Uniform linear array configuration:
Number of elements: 12
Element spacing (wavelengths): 1
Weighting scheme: exponential
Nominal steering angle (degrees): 0
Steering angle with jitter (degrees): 0.4471
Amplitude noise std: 0.05
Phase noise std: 0.05

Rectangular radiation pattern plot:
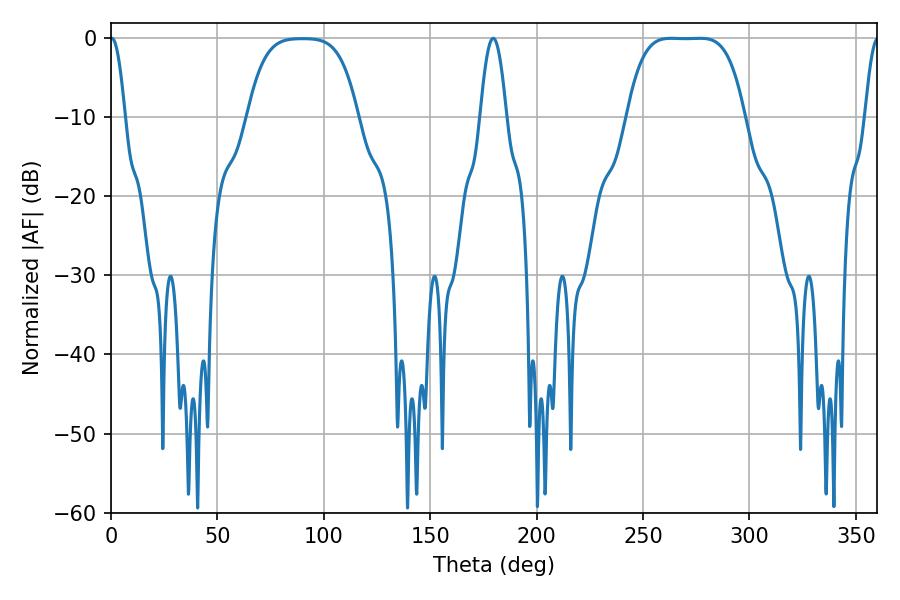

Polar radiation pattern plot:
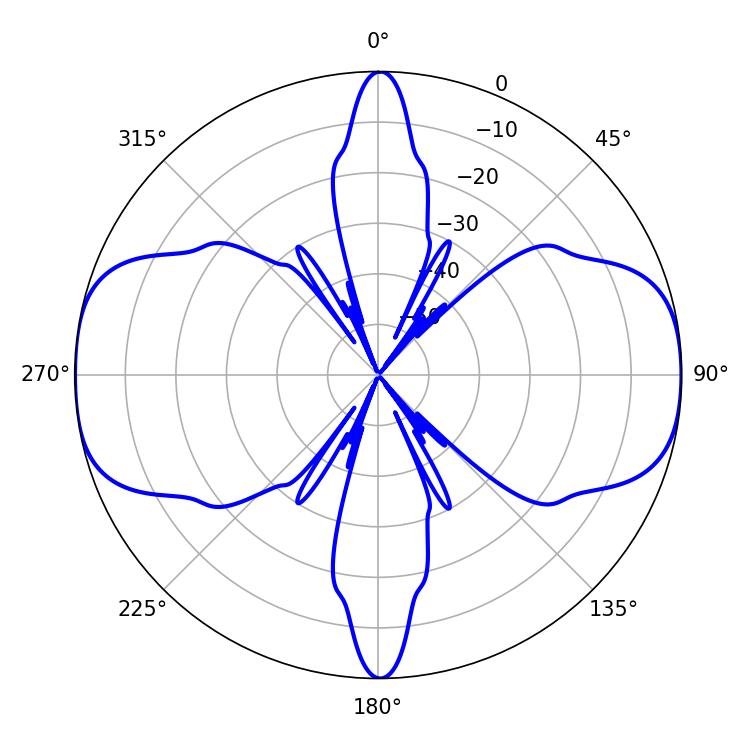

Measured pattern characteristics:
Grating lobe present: TRUE
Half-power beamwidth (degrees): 41.76
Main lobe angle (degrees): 263.16